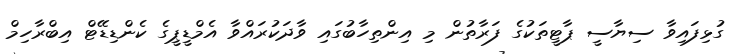
ގުޅިފައިވާ ސިޔާސީ ޕާޓީތަކުގެ ފަރާތުން މި އިންތިހާބުގައި ވާދަކުރައްވާ އެމްޑީޕީގެ ކެންޑިޑޭޓް އިބްރާހިމް